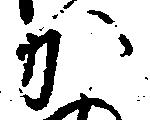
か